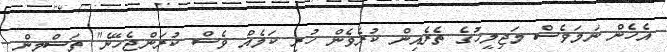
އެހެން ނަމަވެސް މަޖިލީހުގެ ތެރެއިން ކުރެވެން ހުރި ކަމެއް ވެސް ކުރަންޖެހޭނެ" ތަސްމީން